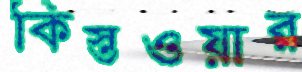
কিস্তওয়ার